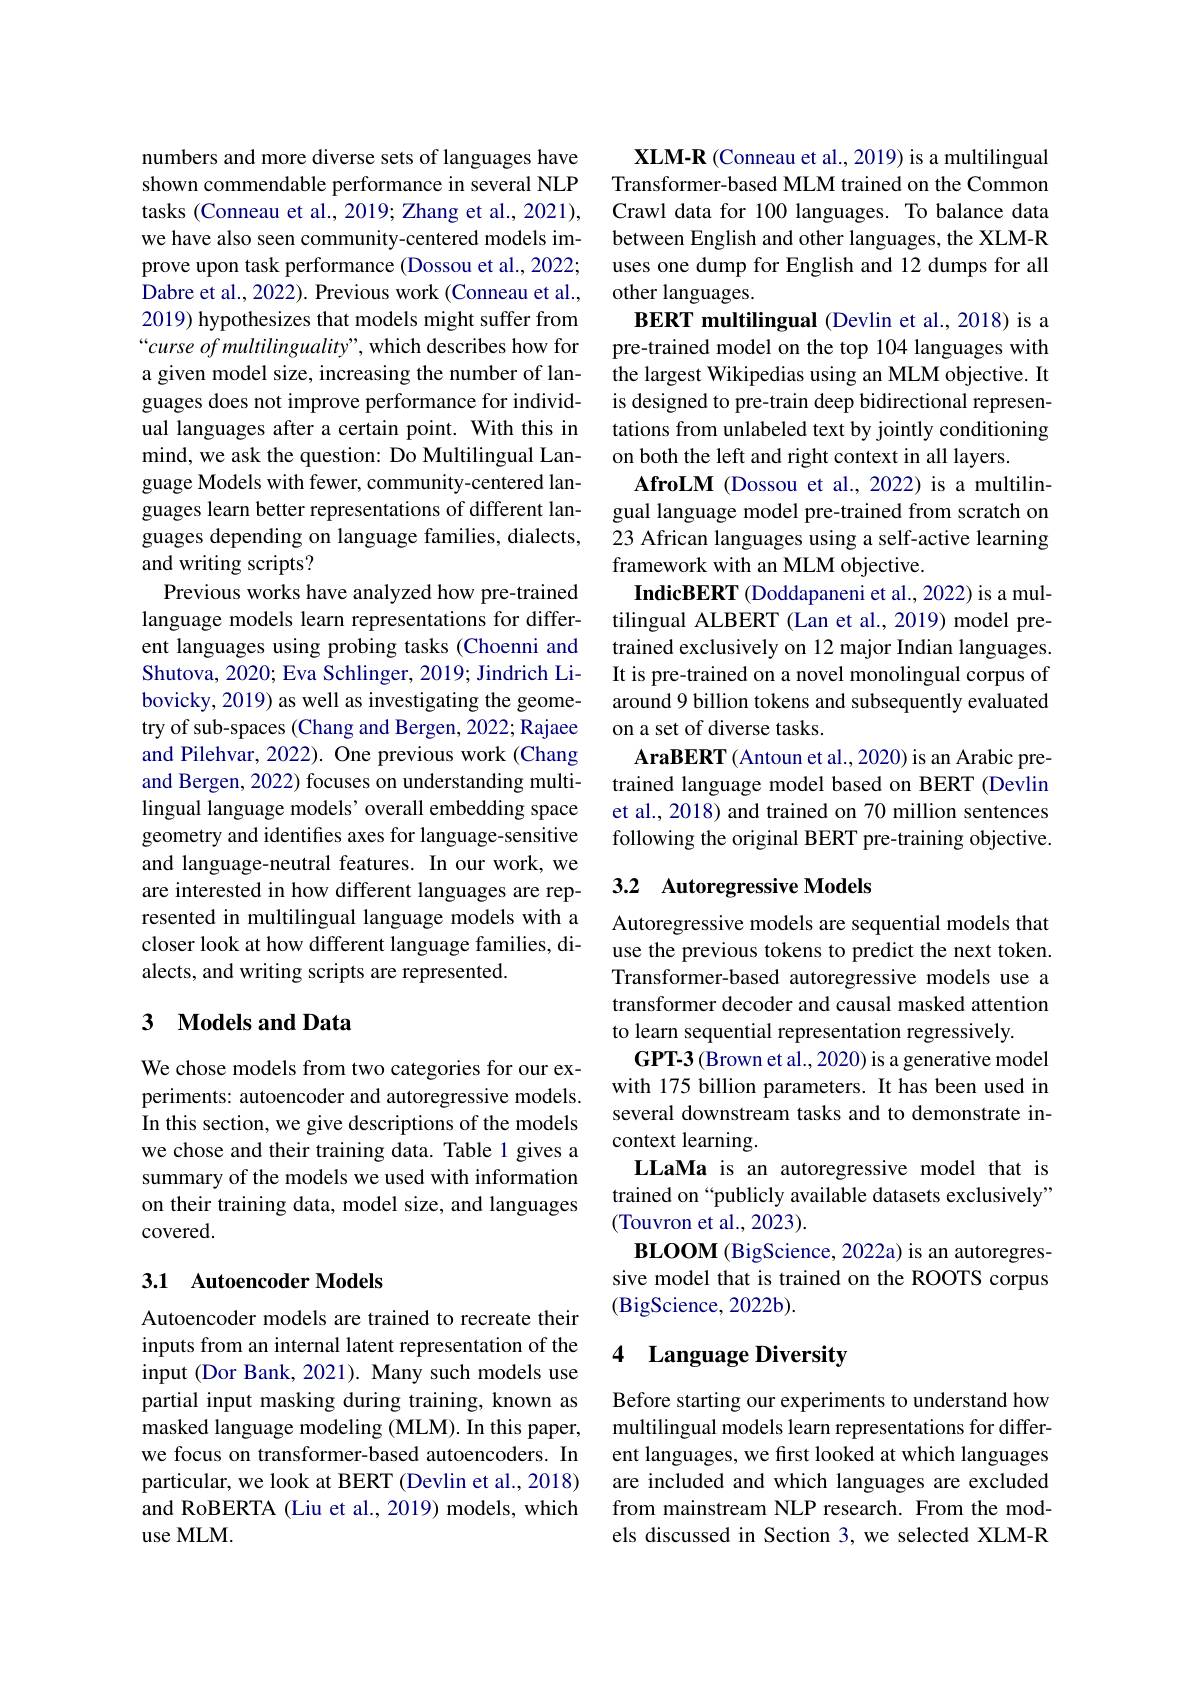
numbers and more diverse sets of languages have shown commendable performance in several NLP tasks (Conneau et al., 2019; Zhang et al., 2021), we have also seen community-centered models improve upon task performance (Dossou et al., 2022; Dabre et al., 2022). Previous work (Conneau et al., 2019) hypothesizes that models might suffer from “curse of multilinguality”, which describes how for a given model size, increasing the number of languages does not improve performance for individual languages after a certain point. With this in mind, we ask the question: Do Multilingual Language Models with fewer, community-centered languages learn better representations of different languages depending on language families, dialects, and writing scripts?
Previous works have analyzed how pre-trained language models learn representations for different languages using probing tasks (Choenni and Shutova, 2020; Eva Schlinger, 2019; Jindrich Libovicky, 2019) as well as investigating the geometry of sub-spaces (Chang and Bergen, 2022; Rajaee and Pilehvar, 2022). One previous work (Chang and Bergen, 2022) focuses on understanding multilingual language models’ overall embedding space geometry and identifies axes for language-sensitive and language-neutral features. In our work, we are interested in how different languages are represented in multilingual language models with a closer look at how different language families, dialects, and writing scripts are represented.

## 3 Models and Data

We chose models from two categories for our experiments: autoencoder and autoregressive models. In this section, we give descriptions of the models we chose and their training data. Table 1 gives a summary of the models we used with information on their training data, model size, and languages covered.

## 3.1 Autoencoder Models

Autoencoder models are trained to recreate their inputs from an internal latent representation of the input (Dor Bank, 2021). Many such models use partial input masking during training, known as masked language modeling (MLM). In this paper, we focus on transformer-based autoencoders. In particular, we look at BERT (Devlin et al., 2018) and RoBERTA (Liu et al., 2019) models, which use MLM.

$\textbf{XLM- R ( Conneau et al. , 2019) is a multilingual}$ Transformer-based MLM trained on the Common Crawl data for 100 languages. To balance data between English and other languages, the XLM-R uses one dump for English and 12 dumps for all other languages.
BERT multilingual (Devlin et al., 2018) is a pre-trained model on the top 104 languages with the largest Wikipedias using an MLM objective. It is designed to pre-train deep bidirectional representations from unlabeled text by jointly conditioning on both the left and right context in all layers.
AfroLM (Dossou et al., 2022) is a multilingual language model pre-trained from scratch on 23 African languages using a self-active learning framework with an MLM objective.
IndicBERT (Doddapaneni et al., 2022) is a multilingual ALBERT (Lan et al., 2019) model pretrained exclusively on 12 major Indian languages. It is pre-trained on a novel monolingual corpus of around 9 billion tokens and subsequently evaluated on a set of diverse tasks.
AraBERT (Antoun et al., 2020) is an Arabic pretrained language model based on BERT (Devlin et al., 2018) and trained on 70 million sentences following the original BERT pre-training objective. 3.2 Autoregressive Models

Autoregressive models are sequential models that use the previous tokens to predict the next token. Transformer-based autoregressive models use a transformer decoder and causal masked attention to learn sequential representation regressively
GPT-3 (Brown et al., 2020) is a generative model with 175 billion parameters. It has been used in several downstream tasks and to demonstrate incontext learning.
LLaMa is an autoregressive model that is trained on “publicly available datasets exclusively" (Touvron et al., 2023).
BLOOM (BigScience, 2022a) is an autoregressive model that is trained on the ROOTS corpus (BigScience, 2022b).

# 4 Language Diversity

Before starting our experiments to understand how multilingual models learn representations for different languages, we first looked at which languages are included and which languages are excluded from mainstream NLP research. From the models discussed in Section 3, we selected XLM-R